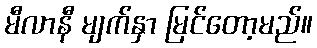
မီလာနီ မျက်နှာ မြင်တော့မည်။